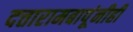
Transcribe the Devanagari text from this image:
दत्तारामबापूंनीही